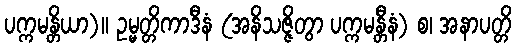
ပက္ကမန္တိယာ)။ ဥမ္မတ္တိကာဒီနံ (အနိသဇ္ဇိတွာ ပက္ကမန္တီနံ) စ၊ အနာပတ္တိ